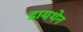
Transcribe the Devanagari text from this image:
डायथेन